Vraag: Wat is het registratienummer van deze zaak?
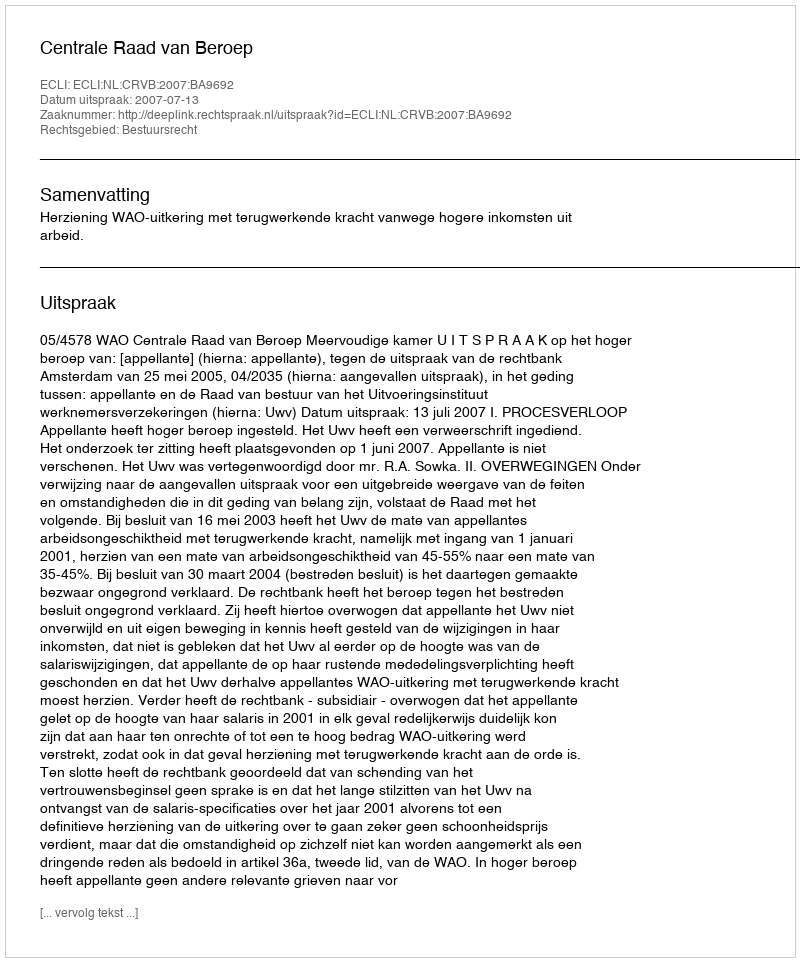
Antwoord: http://deeplink.rechtspraak.nl/uitspraak?id=ECLI:NL:CRVB:2007:BA9692